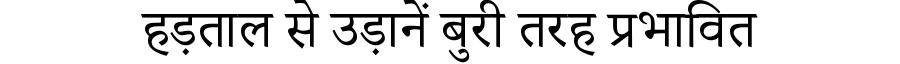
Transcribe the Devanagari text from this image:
हड़ताल से उड़ानें बुरी तरह प्रभावित